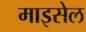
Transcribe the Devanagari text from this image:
माइसेल